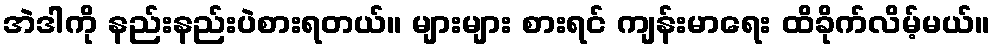
အဲဒါကို နည်းနည်းပဲစားရတယ်။ များများ စားရင် ကျန်းမာရေး ထိခိုက်လိမ့်မယ်။